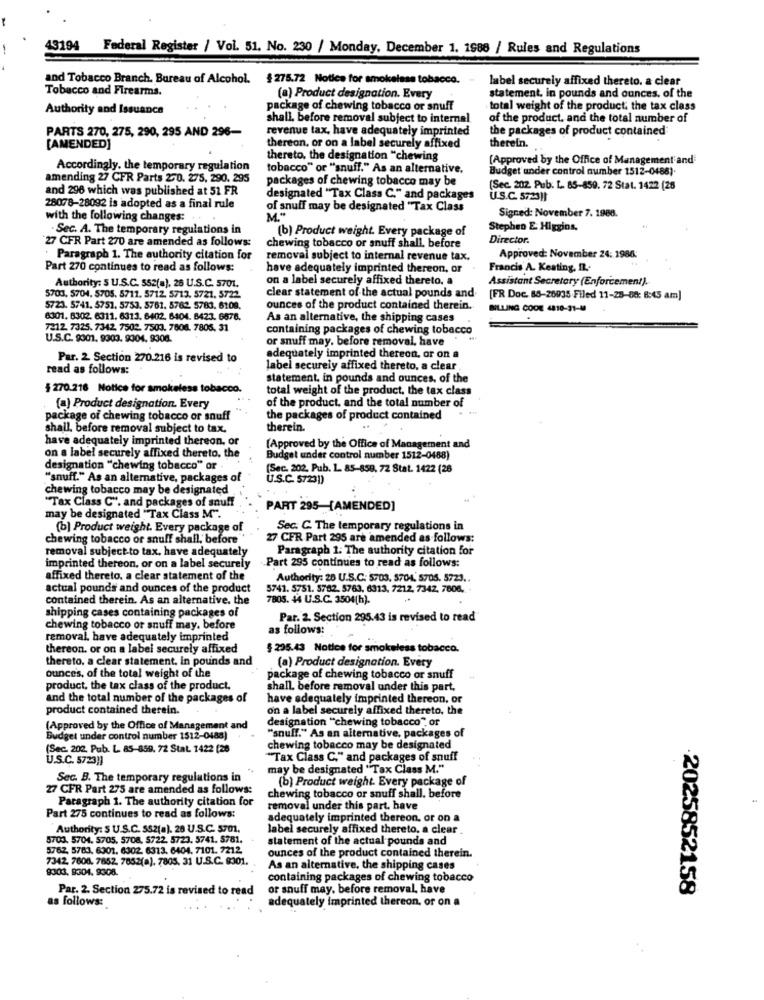
43194 Federal Register / Vol. 51. No. 230 / Monday, December 1. 1988 / Rules and Regulations
and Tobacco Branch. Bureau of Alcohol. $275.72 Notice for smokeless tobacco.
label securely affixed thereto. a clear
Tobacco and Firearms.
(a) Product designation. Every
statement, in pounds and ounces, of the
Authority and Issuance
package of chewing tobacco or snuff
total weight of the product. the tax class
shall, before removal subject to internal
of the product. and the total number of
PARTS 270, 275, 290, 295 AND 296-
revenue tax, have adequately imprinted
the packages of product contained
[AMENDED]
thereon, or on a label securely affixed
therein.
thereto, the designation "chewing
[Approved by the Office of Management and
Accordingly, the temporary regulation
tobacco" or "snuff." As an alternative.
Budget under control number 1512-0488).
amending 27 CFR Parts 270. 275, 290. 295
packages of chewing tobacco may be
and 296 which was published at 51 FR
(Sec. 202. Pub. L. 85-859. 72 Stat. 1422 (26
designated "Tax Class C." and packages
U.S.C. 57231]
28078-28092 is adopted as a final rule
of snuff may be designated "Tax Class
Signed: November 7. 1988.
with the following changes:
M."
. Sec. A. The temporary regulations in
(b) Product weight. Every package of
Stephen E. Higgins,
27 CFR Part 270 are amended as follows:
chewing tobacco or snuff shall, before
Director.
Paragraph 1. The authority citation for
removal subject to internal revenue tax.
Approved: November 24: 1986
Part 270 continues to read as follows:
have adequately imprinted thereon, or
Francis A. Keating, I.
on a label securely affixed thereto, a
Assistant Secretary (Enforcement).
Authority: S U.S.C. 552(a), 26 U.S.C. 5701.
5703, 5704. 5705. 5711. 5712. 5713. 5721. 5722.
clear statement of the actual pounds and
[FR Doc. 88-26935 Filed 11-25-88: 8:45 am]
5723. 5741. 5751, 5753, 5761. 5762. 5783. 6108.
ounces of the product contained therein.
BILLING CODE 4810-31-19
6301, 6302. 6311. 6313. 6402. 6404. 6423. 6576.
As an alternative, the shipping cases
7212. 7325. 7342, 7502. 7503. 7608. 7805. 31
containing packages of chewing tobacco
U.S.C. 9301. 9903. 9304. 9304.
or snuff may. before removal, have
Par. 2 Section 270.216 is revised to
adequately imprinted thereon, or on a
read as follows:
label securely affixed thereto, a clear.
statement, in pounds and ounces, of the
$ 270.216 Notice for smokeless tobacco.
total weight of the product, the tax class
(a) Product designation. Every
of the product, and the total number of
package of chewing tobacco or snuff
the packages of product contained
shall. before removal subject to tax.
therein.
have adequately imprinted thereon, or
[Approved by the Office of Management and
on a label securely affixed thereto, the
Budget under control number 1512-0488)
designation "chewing tobacco" or
(Sec. 202, Pub. L. 85-859, 72 Stat. 1422 (26
"snuff." As an alternative, packages of
U.S.C. 57231)
chewing tobacco may be designated
"Tax Class C", and packages of snuff
PART 295-[AMENDED]
may be designated "Tax Class M".
(b) Product weight. Every package of
Sec. C. The temporary regulations in
chewing tobacco or snuff shall, before"
27 CFR Part 295 are amended as follows:
removal subject-to tax, have adequately
Paragraph 1: The authority citation for
-Part 295 continues to read as follows:
imprinted thereon, or on a label securely
affixed thereto. a clear statement of the
Authority: 28 U.S.C. 5703. 5704. 5705. 5723.
actual pounds and ounces of the product
5741. 5751. 5762. 5763, 6313, 7212, 7342, 7606 .. .
contained therein. As an alternative. the
7805. 44 U.S.C. 3504(h).
shipping cases containing packages of
Par. 2. Section 295.43 is revised to read
chewing tobacco or snuff may. before
as follows:
removal. have adequately imprinted
thereon. or on a label securely affixed
$ 235.43 Notice for smokeless tobacco.
thereto, a clear statement, in pounds and
ounces, of the total weight of the
(a) Product designation. Every
package of chewing tobacco or snuff
product, the tax class of the product.
shall. before removal under this part,
and the total number of the packages of
have adequately imprinted thereon, or
product contained therein.
on a label securely affixed thereto, the
designation "chewing tobacco", of
(Approved by the Office of Management and
Budget under control number 1512-0488)
"snuff." As an alternative, packages of
(Sec. 202. Pub. L. 85-859. 72 Stat. 1422 (28
chewing tobacco may be designated
U.S.C. 5723!)
"Tax Class C." and packages of snuff
may be designated "Tax Class M."
Sec. B. The temporary regulations in
(b) Product weight. Every package of
27 CFR Part 275 are amended as follows:
Paragraph 1. The authority citation for
chewing tobacco or snuff shall. before
removal under this part, have
Part 275 continues to read as follows:
adequately imprinted thereon, or on a
Authority: S U.S.C. S52(a). 28 U.S.C. 5701.
label securely affixed thereto, a clear
5703. 5704. 5705. 5708, 5722. 5723. 5741. 5781.
statement of the actual pounds and
5762, 5783, 6301. 6302. 6313. 6404. 7101. 7212.
7342, 7608. 7652. 7852(a). 7805. 31 U.S.C. 9301.
ounces of the product contained therein.
9303, 9304. 9308.
As an alternative, the shipping cases
containing packages of chewing tobacco
Par. 2. Section 275.72 is revised to read
or snuff may. before removal, have
2025852158
adequately imprinted thereon, or on a
as follows: